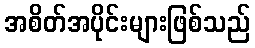
အစိတ်အပိုင်းများဖြစ်သည်